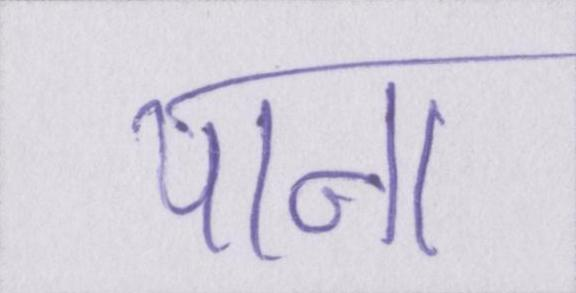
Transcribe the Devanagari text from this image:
पाना